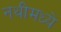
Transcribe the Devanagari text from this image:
नथीमध्ये